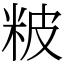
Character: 𥹖